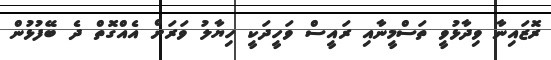
ރޮޒައިނާ ވިދާޅުވީ ތަސްމީނާއި ރައީސް ވަހީދަކީ ހިޔާލު ވަރަށް އެއްގޮތް ދެ ބޭފުޅުން